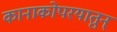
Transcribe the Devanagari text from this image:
कानाकोपरयातुन्